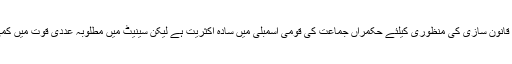
یہ واضح ہے کہ آرمی ایکٹ میں ترامیم جیسی ماتحت قانون سازی کی منظوری کیلئے حکمراں جماعت کی قومی اسمبلی میں سادہ اکثریت ہے لیکن سینیٹ میں مطلوبہ عددی قوت میں کمی ہے جس پر حزب اختلاف کی جماعتوں کا غلبہ ہے۔